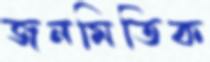
জনমিতিক